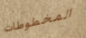
المخطوطات